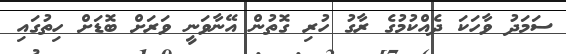
ސަމަދު ވާހަކަ ދެއްކުމުގެ ރާގު ހުރި ގޮތުން އޭނާވަނީ ވަރަށް ބޮޑަށް ހިތުގައި